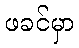
ဖခင်မှာ